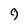
Character: 9